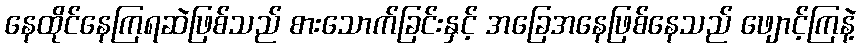
နေထိုင်နေကြရဆဲဖြစ်သည် စားသောက်ခြင်းနှင့် အခြေအနေဖြစ်နေသည် ဖျောင့်ကြနဲ့